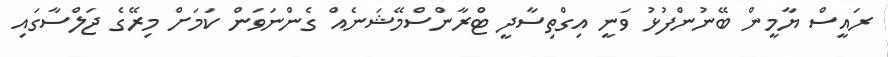
ރައީސް ޔާމީން ބޭނުންފުޅު ވަނީ އިގްތިސާދީ ޓްރާންސްމޭޝަނެއް ގެންނަވަން ކަމަށް މިރޭގެ ޖަލްސާގައި